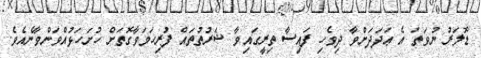
ޑޮލަރު ނުވަތަ އެ ޢަދަދަށްވާ ދިވެހި ފައިސާ ތިރީގައިވާ ޝަރުތުތައް ފުރިހަމަވާގޮތަށް ހުށަހަޅުއްވަންވާނެއެވެ.